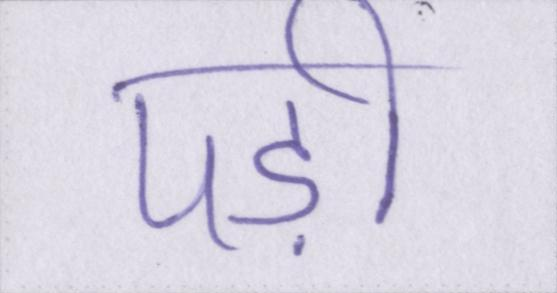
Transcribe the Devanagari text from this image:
पड़ी